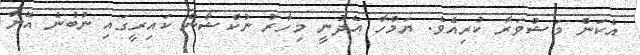
އެކަން މަޝްވަރާ ކުރިއެވެ. ޔަމްހާ އެދުނީ މިހާރު ނުކްޝާން ކައިރީގައި ނުބުނެ އޭނާ